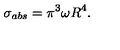
\sigma _ { a b s } = \pi ^ { 3 } \omega R ^ { 4 } .